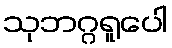
သုဘဂ္ဂရူပေါ